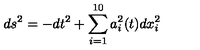
d s ^ { 2 } = - d t ^ { 2 } + \sum _ { i = 1 } ^ { 1 0 } a _ { i } ^ { 2 } ( t ) d x _ { i } ^ { 2 }